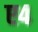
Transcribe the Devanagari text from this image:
ए४